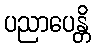
ပညာပေန္တိ